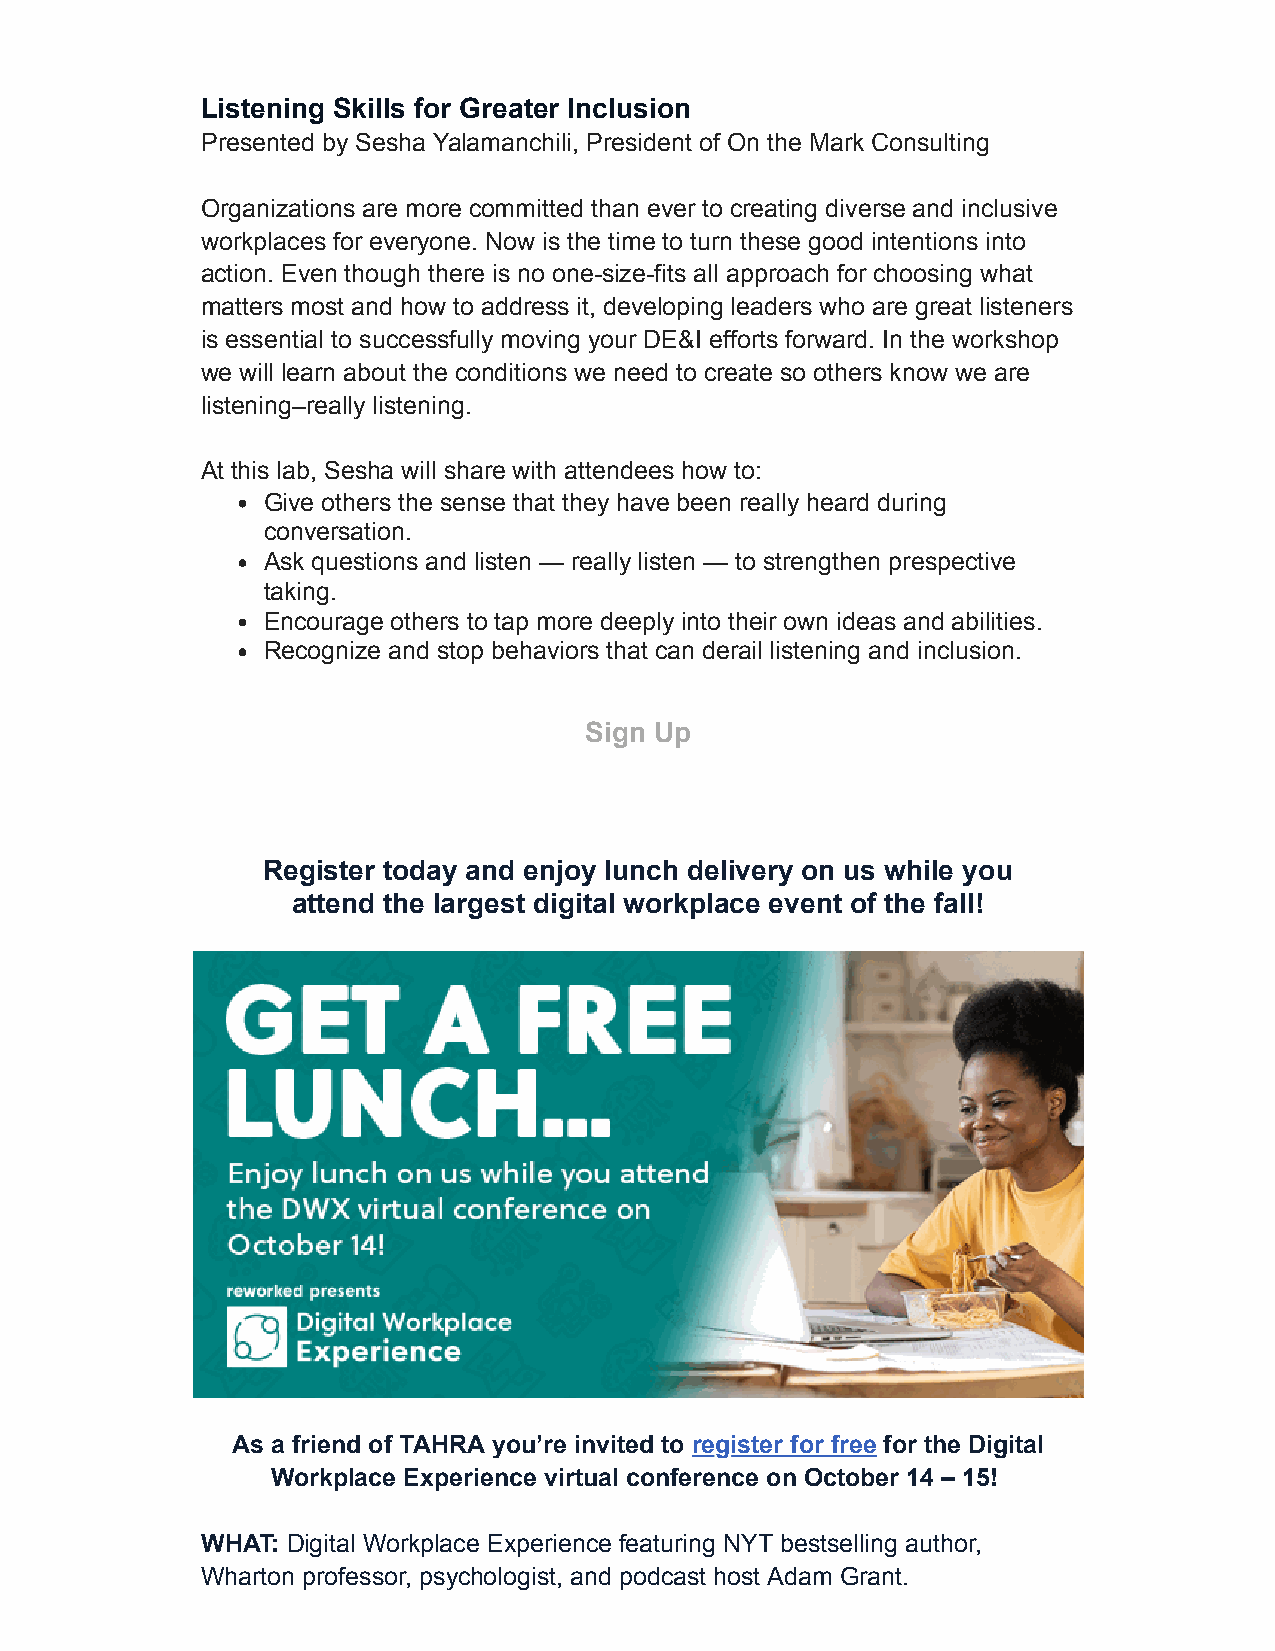
Listening Skills for Greater Inclusion
 Presented by Sesha Yalamanchili, President of On the Mark Consulting
 Organizations are more committed than ever to creating diverse and inclusive
 workplaces for everyone. Now is the time to turn these good intentions into
 action. Even though there is no one-size-fits all approach for choosing what
 matters most and how to address it, developing leaders who are great listeners
 is essential to successfully moving your DE&I efforts forward. In the workshop
 we will learn about the conditions we need to create so others know we are
 listening–really listening.
 At this lab, Sesha will share with attendees how to:
 Give others the sense that they have been really heard during
 conversation.
 Ask questions and listen — really listen — to strengthen prespective
 taking.
 Encourage others to tap more deeply into their own ideas and abilities.
 Recognize and stop behaviors that can derail listening and inclusion.
 Sign Up
 Register today and enjoy lunch delivery on us while you
 attend the largest digital workplace event of the fall!
 As a friend of TAHRA you’re invited to register for free for the Digital
 Workplace Experience virtual conference on October 14 – 15!
 WHAT: Digital Workplace Experience featuring NYT bestselling author,
 Wharton professor, psychologist, and podcast host Adam Grant.